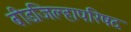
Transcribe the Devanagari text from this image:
बीडजिल्हापरिषद